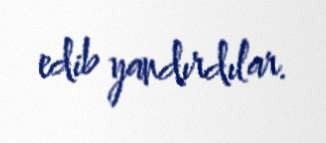
edib yandırdılar.